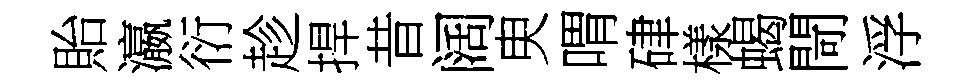
貽瀛衍趁捍昔阔㬰喟硉樣蝎閜浮